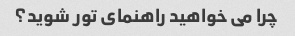
چرا می خواهید راهنمای تور شوید؟